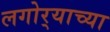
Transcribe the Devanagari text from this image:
लगोर्‍याच्या